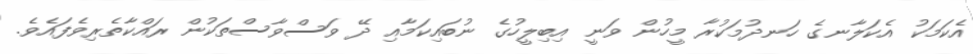
އެކަމަކު އެކަލާނގެ ހަނދުމަކުރާ މީހުން ވަނީ އިބިލީހުގެ ނުބައިކަމާއި ދޭ ވަސްވާސްތަކުން ރައްކާތެރިވެފައެވެ.